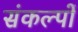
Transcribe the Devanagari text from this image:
संकल्‍पों